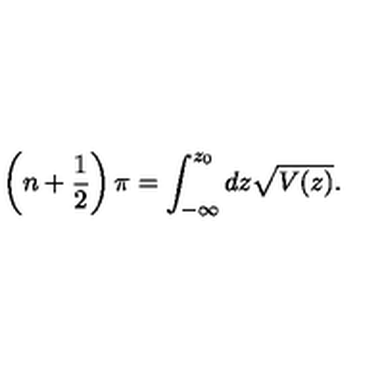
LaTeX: \left( n + \frac { 1 } { 2 } \right) \pi = \int _ { - \infty } ^ { z _ { 0 } } d z \sqrt { V ( z ) } .